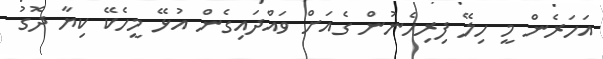
އަހަރެން މީ ހިލޭ ފިރިހެނުން ގެއަށް ވައްދައިގެން އުޅޭ މީހެކޭ ކިޔާ ދޮގު